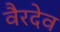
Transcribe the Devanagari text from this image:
वैरदेव